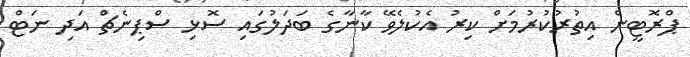
ޕްރޮޓީން އިތުރުކުރުމަށް ކިރު އެކުލެވޭ ކާނާގެ ބަދަލުގައި ސޮޅި ސްޕިނެޗް އަދި ނަޓް